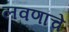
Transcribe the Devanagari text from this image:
लवणांचे